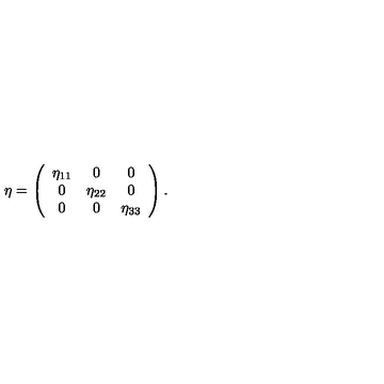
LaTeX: \eta = \left( \begin{array} { c c c } { \eta _ { 1 1 } } & { 0 } & { 0 } \\ { 0 } & { \eta _ { 2 2 } } & { 0 } \\ { 0 } & { 0 } & { \eta _ { 3 3 } } \\ \end{array} \right) .